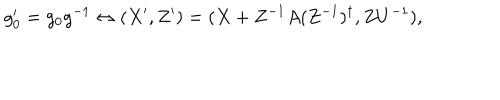
g _ { 0 } ^ { \prime } = g _ { 0 } g ^ { - 1 } \leftrightarrow ( X ^ { \prime } , Z ^ { \prime } ) = ( X + Z ^ { - 1 } A ( Z ^ { - 1 } ) ^ { \dagger } , Z U ^ { - 1 } ) ,